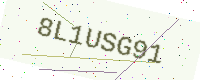
Text: 8L1USG91